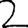
Digit: 2